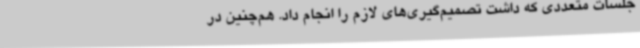
جلسات متعددی که داشت تصمیم‌گیری‌های لازم را انجام داد. هم‌چنین در